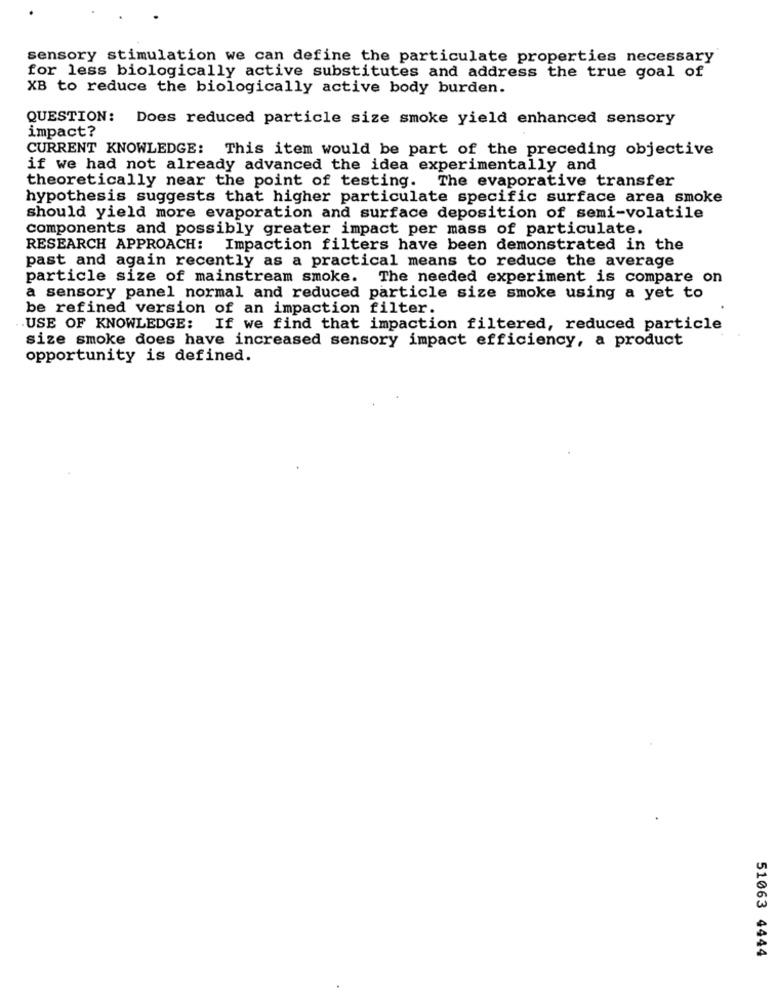
sensory stimulation we can define the particulate properties necessary
for less biologically active substitutes and address the true goal of
XB to reduce the biologically active body burden.
QUESTION: Does reduced particle size smoke yield enhanced sensory
impact?
CURRENT KNOWLEDGE: This item would be part of the preceding objective
if we had not already advanced the idea experimentally and
theoretically near the point of testing. The evaporative transfer
hypothesis suggests that higher particulate specific surface area smoke
should yield more evaporation and surface deposition of semi-volatile
components and possibly greater impact per mass of particulate.
RESEARCH APPROACH: Impaction filters have been demonstrated in the
past and again recently as a practical means to reduce the average
particle size of mainstream smoke. The needed experiment is compare on
a sensory panel normal and reduced particle size smoke using a yet to
be refined version of an impaction filter.
.USE OF KNOWLEDGE: If we find that impaction filtered, reduced particle
size smoke does have increased sensory impact efficiency, a product
opportunity is defined.
51063 4444